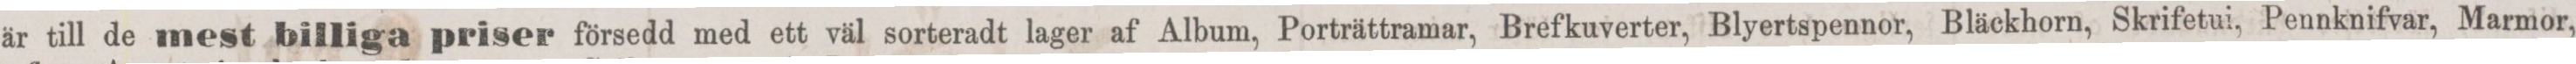
är till de mest billiga priser försedd med ett väl sorteradt lager af Album, Porträttramar, Brefkuverter, Blyertspennor, Bläckhorn, Skrifetui, Pennknifvar, Marmor,